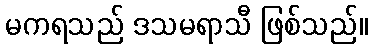
မကရသည် ဒသမရာသီ ဖြစ်သည်။